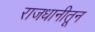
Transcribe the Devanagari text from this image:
राजधानीतून